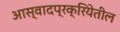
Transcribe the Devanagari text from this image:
आस्वादप्रक्रियेतील